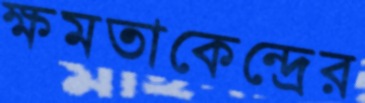
ক্ষমতাকেন্দ্রের